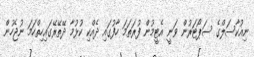
ނިއުކާސަލްގެ ސަޕޯޓަރުން ވަނީ އެޓީމުން ފުރަތަމަ ހާފުގައި ދެއްކި ކުޅުމާ ދޭތޭރޭގައިހިތްހަމަ ނުޖެހުން